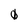
Character: 0